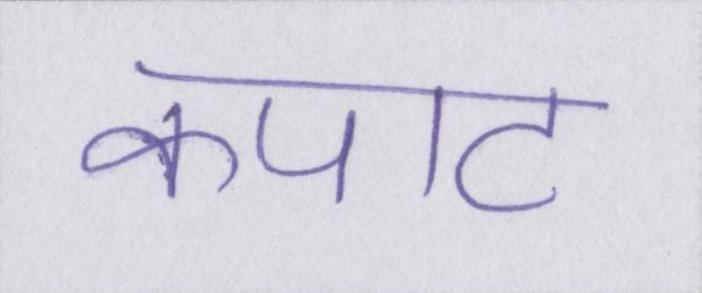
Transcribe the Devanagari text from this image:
कपाट